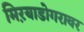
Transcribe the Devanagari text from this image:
मिऱयाडोगरावर